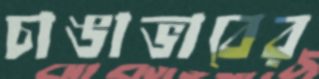
চাঙাভাবের